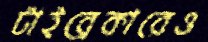
টাইব্রেকারেও